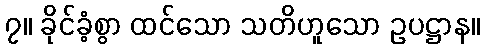
၇။ ခိုင်ခံ့စွာ ထင်သော သတိဟူသော ဥပဋ္ဌာန။